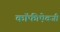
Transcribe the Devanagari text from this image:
कॉफीऐवजी